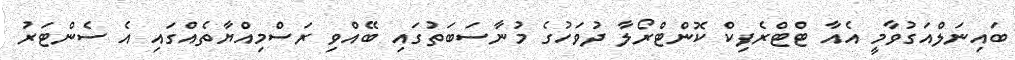
ބައިނަލްއަގުވާމީ އެއާ ޓްޓްރެފިކް ކޮންޓްރޯލާ ދުވަހުގެ މުނާސަބަތުގައި ބޭއްވި ރަސްމިއްޔާތެއްގައި އެ ސެންޓަރު